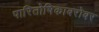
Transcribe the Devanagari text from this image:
पारितोषिकाबरोबर